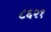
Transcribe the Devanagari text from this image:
८६२१